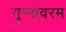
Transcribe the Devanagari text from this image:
गुन्नावरम